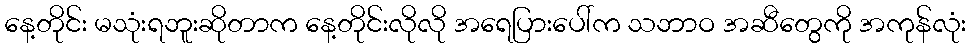
နေ့တိုင်း မသုံးရဘူးဆိုတာက နေ့တိုင်းလိုလို အရေပြားပေါ်က သဘာဝ အဆီတွေကို အကုန်လုံး